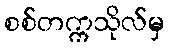
စစ်တက္ကသိုလ်မှ